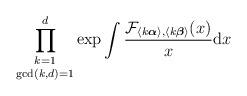
LaTeX: \begin{align*}\underset{\gcd(k,d)=1}{\prod_{k=1}^{d}}\exp\int\frac{\mathcal{F}_{\langle k\boldsymbol{\alpha}\rangle,\langle k\boldsymbol{\beta}\rangle}(x)}{x}\mathrm{d}x\end{align*}